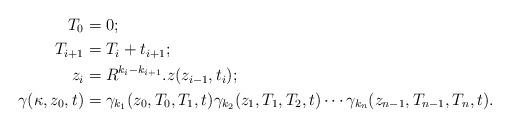
LaTeX: \begin{align*}T_0 &= 0;\\T_{i+1} &= T_i + t_{i+1};\\z_{i} &= R^{k_i -k_{i+1}}. z(z_{i-1},t_i);\\\gamma(\kappa,z_0,t) &= \gamma_{k_1}(z_0,T_0,T_1,t) \gamma_{k_2}(z_1,T_1,T_2,t)\cdots \gamma_{k_n}(z_{n-1},T_{n-1},T_n,t).\end{align*}